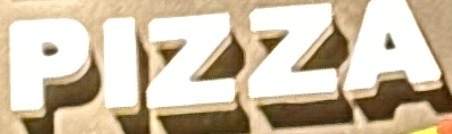
PIZZA